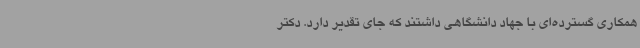
همکاری گسترده‌ای با جهاد دانشگاهی داشتند که جای تقدیر دارد. دکتر